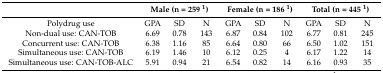
|  | <COLSPAN=3> Male (n = 259 1) | <COLSPAN=3> Female (n = 186 1) | <COLSPAN=3> Total (n = 445 1) |
 | --- | --- | --- | --- | --- | --- | --- | --- | --- | --- |
 | Polydrug use | GPA | SD | N | GPA | SD | N | GPA | SD | N |
 | Non-dual use: CAN-TOB | 6.69 | 0.78 | 143 | 6.87 | 0.84 | 102 | 6.77 | 0.81 | 245 |
 | Concurrent use: CAN-TOB | 6.38 | 1.16 | 85 | 6.64 | 0.80 | 66 | 6.50 | 1.02 | 151 |
 | Simultaneous use: CAN-TOB | 6.19 | 1.46 | 10 | 6.12 | 0.25 | 4 | 6.17 | 1.22 | 14 |
 | Simultaneous use: CAN-TOB-ALC | 5.91 | 0.94 | 21 | 6.54 | 0.82 | 14 | 6.16 | 0.93 | 35 |